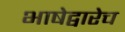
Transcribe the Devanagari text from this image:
भाषेद्वारेच